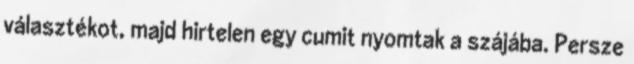
választékot, majd hirtelen egy cumit nyomtak a szájába. Persze